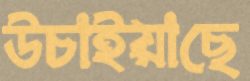
উচাইয়াছে